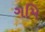
ગમિ